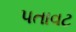
પતાવટ